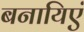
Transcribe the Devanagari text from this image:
बनायिएं